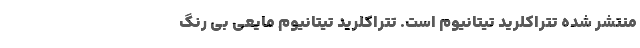
منتشر شده تتراکلرید تیتانیوم است. تتراکلرید تیتانیوم مایعی بی رنگ